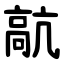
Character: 髚